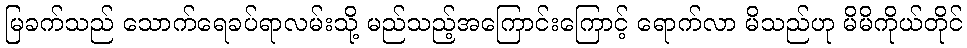
မြခက်သည် သောက်ရေခပ်ရာလမ်းသို့ မည်သည့်အကြောင်းကြောင့် ရောက်လာ မိသည်ဟု မိမိကိုယ်တိုင်